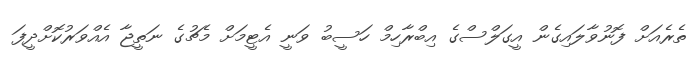
ތެރެއަށް ފޮނުވާލައިގެން އީގަލްސްގެ އިބްރާހިމް ހަސީބު ވަނީ އެޓީމަށް މެޗުގެ ނަތީޖާ އެއްވަރުކޮށްދީފަ